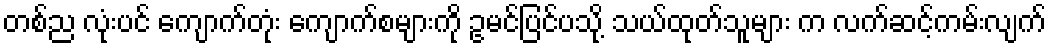
တစ်ည လုံးပင် ကျောက်တုံး ကျောက်စများကို ဥမင်ပြင်ပသို့ သယ်ထုတ်သူများ က လက်ဆင့်ကမ်းလျက်